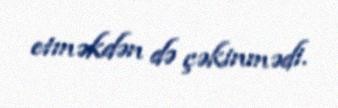
etməkdən də çəkinmədi.